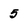
Character: 5